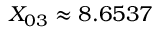
X _ { 0 3 } \approx 8 . 6 5 3 7